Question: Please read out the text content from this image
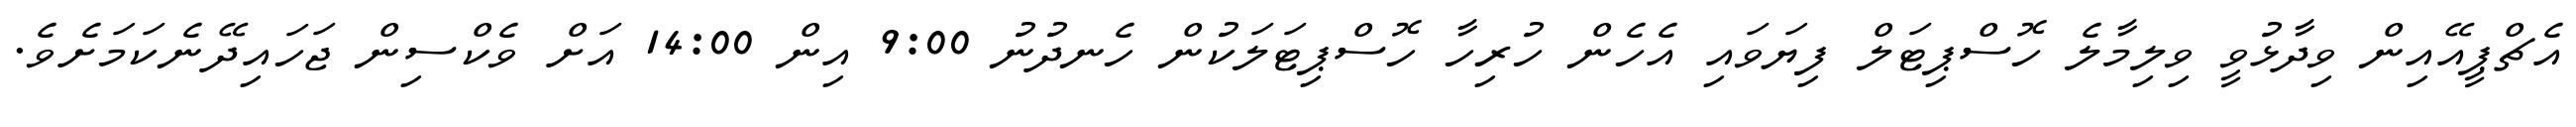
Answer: އެޗްޕީއޭއިން ވިދާޅުވީ ވިލިމާލެ ހޮސްޕިޓަލް ފިޔަވައި އެހެން ހުރިހާ ހޮސްޕިޓަލަކުން ހެނދުނު 9:00 އިން 14:00 އަށް ވެކްސިން ޖަހައިދޭނެކަމަށެވެ.